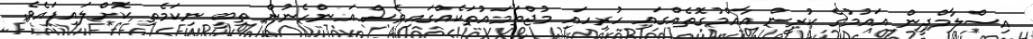
އިސްލާމްދީން އައުމުގެ ކުރީން އާއްމުގޮތެއްގައި ހުރިހައި މުޖްތަމައުތަކެއްގައިވެސް އަންހެނުން ތިބީ ނިކަމެތި ކޮށްލައިފައެވެ.